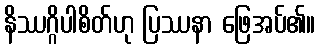
နိဿဂ္ဂိပါစိတ်ဟု ပြဿနာ ဖြေအပ်၏။